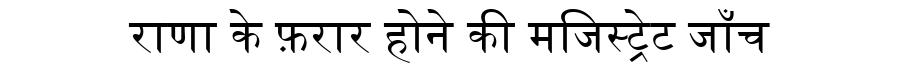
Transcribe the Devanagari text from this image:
राणा के फ़रार होने की मजिस्ट्रेट जाँच